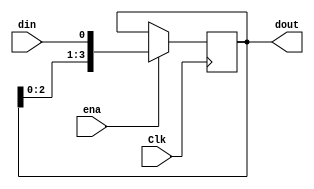
`timescale 1ns / 1ps

module Serial2Pal(
    input Clk,
    input din,
    input ena,
    output reg [3:0] dout = 4'b0000
    );

always @ (posedge Clk)
    if(ena)
        dout <= {dout[2:0],din};
    else
        dout <= dout;
endmodule